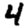
Digit: 4